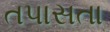
તપાસતા